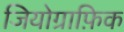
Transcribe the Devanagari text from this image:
जियोग्राफ़िक